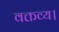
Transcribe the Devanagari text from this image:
वक्तव्य।